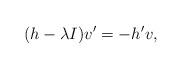
LaTeX: \begin{align*}(h - \lambda I)v' = -h' v,\end{align*}